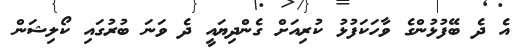
އެ ދެ ބޭފުޅުންގެ ވާހަކަފުޅު ކުރިއަށް ގެންދިޔައީ ދެ ވަނަ ބުރުގައި ކޯލިޝަން